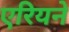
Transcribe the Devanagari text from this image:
एरियने